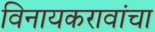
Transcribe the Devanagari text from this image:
विनायकरावांचा